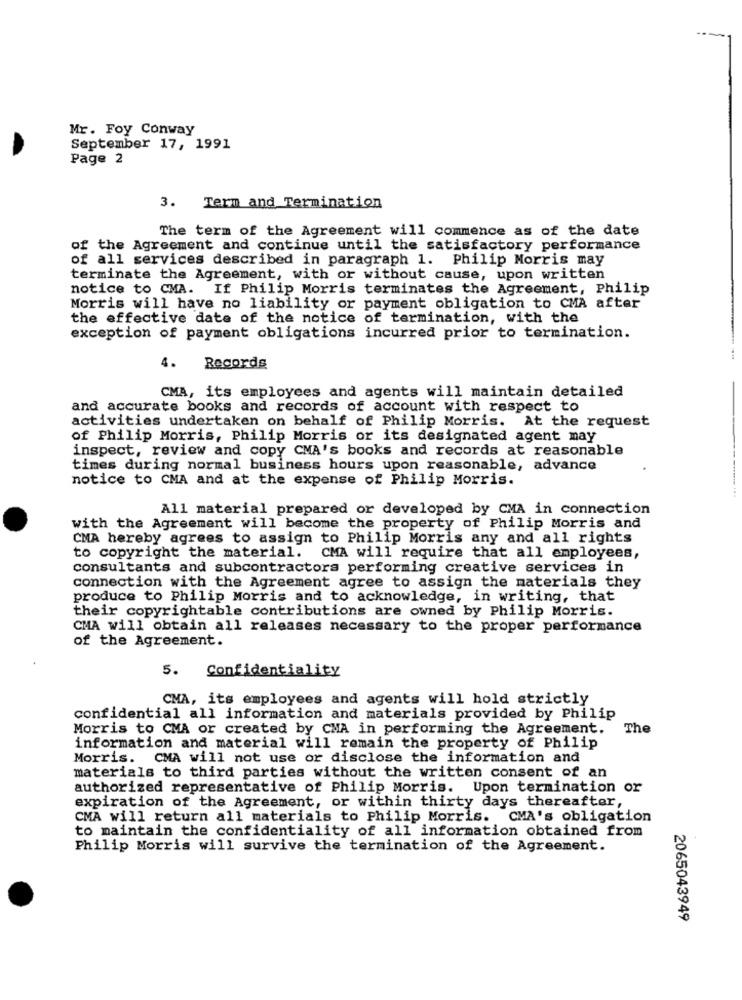
Mr. Foy Conway
September 17, 1991
Page 2
3. Term and Termination
The term of the Agreement will commence as of the date
of the Agreement and continue until the satisfactory performance
of all services described in paragraph 1. Philip Morris may
terminate the Agreement, with or without cause, upon written
notice to CMA. If Philip Morris terminates the Agreement, Philip
Morris will have no liability or payment obligation to CMA after
the effective date of the notice of termination, with the
exception of payment obligations incurred prior to termination.
4.
Records
CMA, its employees and agents will maintain detailed
and accurate books and records of account with respect to
activities undertaken on behalf of Philip Morris. At the request
of Philip Morris, Philip Morris or its designated agent may
inspect, review and copy CMA's books and records at reasonable
times during normal business hours upon reasonable, advance
notice to CMA and at the expense of Philip Morris.
All material prepared or developed by CMA in connection
with the Agreement will become the property of Philip Morris and
CMA hereby agrees to assign to Philip Morris any and all rights
to copyright the material. CMA will require that all employees,
consultants and subcontractors performing creative services in
connection with the Agreement agree to assign the materials they
produce to Philip Morris and to acknowledge, in writing, that
their copyrightable contributions are owned by Philip Morris.
CMA will obtain all releases necessary to the proper performance
of the Agreement.
5. Confidentiality
CMA, its employees and agents will hold strictly
confidential all information and materials provided by Philip
Morris to CMA or created by CMA in performing the Agreement.
The
information and material will remain the property of Philip
Morris. CMA will not use or disclose the information and
materials to third parties without the written consent of an
authorized representative of Philip Morris. Upon termination or
expiration of the Agreement, or within thirty days thereafter,
CMA will return all materials to Philip Morris. CMA's obligation
to maintain the confidentiality of all information obtained from
Philip Morris will survive the termination of the Agreement.
2065043949